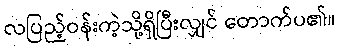
လပြည့်ဝန်းကဲ့သို့ရှိပြီးလျှင် တောက်ပ၏။